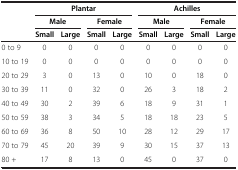
<table><thead><tr><td><b> </b></td><td colspan="4"><b>Plantar</b></td><td colspan="4"><b>Achilles</b></td></tr><tr><td><b> </b></td><td colspan="2"><b>Male</b></td><td colspan="2"><b>Female</b></td><td colspan="2"><b>Male</b></td><td colspan="2"><b>Female</b></td></tr><tr><td><b> </b></td><td><b>Small</b></td><td><b>Large</b></td><td><b>Small</b></td><td><b>Large</b></td><td><b>Small</b></td><td><b>Large</b></td><td><b>Small</b></td><td><b>Large</b></td></tr></thead><tbody><tr><td>0 to 9</td><td>0</td><td>0</td><td>0</td><td>0</td><td>0</td><td>0</td><td>0</td><td>0</td></tr><tr><td>10 to 19</td><td>0</td><td>0</td><td>0</td><td>0</td><td>0</td><td>0</td><td>0</td><td>0</td></tr><tr><td>20 to 29</td><td>3</td><td>0</td><td>13</td><td>0</td><td>10</td><td>0</td><td>18</td><td>0</td></tr><tr><td>30 to 39</td><td>11</td><td>0</td><td>32</td><td>0</td><td>26</td><td>3</td><td>18</td><td>2</td></tr><tr><td>40 to 49</td><td>30</td><td>2</td><td>39</td><td>6</td><td>18</td><td>9</td><td>31</td><td>1</td></tr><tr><td>50 to 59</td><td>38</td><td>3</td><td>34</td><td>5</td><td>18</td><td>18</td><td>23</td><td>5</td></tr><tr><td>60 to 69</td><td>36</td><td>8</td><td>50</td><td>10</td><td>28</td><td>12</td><td>29</td><td>17</td></tr><tr><td>70 to 79</td><td>45</td><td>20</td><td>39</td><td>9</td><td>30</td><td>15</td><td>37</td><td>13</td></tr><tr><td>80 +</td><td>17</td><td>8</td><td>13</td><td>0</td><td>45</td><td>0</td><td>37</td><td>0</td></tr></tbody></table>